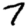
Digit: 7